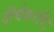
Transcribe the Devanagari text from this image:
दीर्घकरोटि